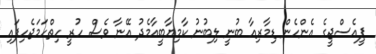
ޕީއެސްޖީގެ އެންހެން ޑިމާރިއާ ބުނީ ލިބުނު ކާމިޔާބީއާމެދު އޭނާ ވެސް ހުރީ ހިތްހަމަޖެހިފައި